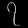
Digit: ၇